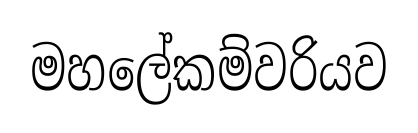
මහලේකම්වරියව